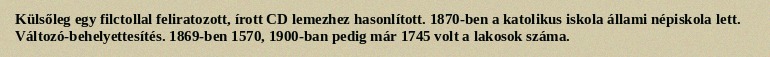
Külsőleg egy filctollal feliratozott, írott CD lemezhez hasonlított. 1870-ben a katolikus iskola állami népiskola lett. Változó-behelyettesítés. 1869-ben 1570, 1900-ban pedig már 1745 volt a lakosok száma.